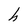
Character: h